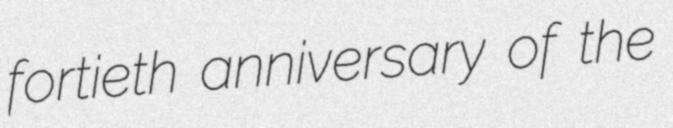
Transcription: fortieth anniversary of the